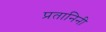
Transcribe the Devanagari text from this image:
प्रतानिनी